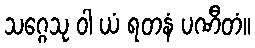
သဂ္ဂေသု ဝါ ယံ ရတနံ ပဏီတံ။